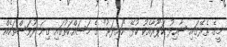
މީގެ ތެރޭގައި ޝާހިދު ކަޕޫރާއެކު ކުޅޭ "ހައިދަރު" ގެ މަސައްކަތުގައި ގިނަ ދުވަސްތަކެއް